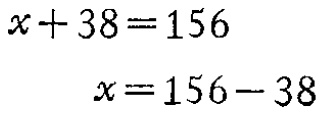
\[

\begin{align*}

x + 38&=156\\

x&=156 - 38

\end{align*}

\]